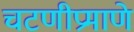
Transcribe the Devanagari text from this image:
चटणीप्रमाणे